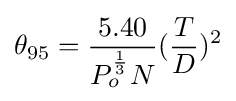
{\theta _{95}}={\frac {5.40}{P_{o}^{1 \over 3}N}}({\frac {T}{D}})^{2}